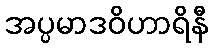
အပ္ပမာဒဝိဟာရိနီ